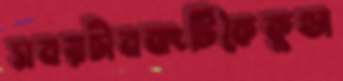
সময়চীনবাংটিকৈকুণ্ডা